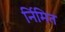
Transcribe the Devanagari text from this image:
र्निमित